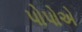
પોપોએ